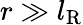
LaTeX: r\gg l_{\mathrm{R}}